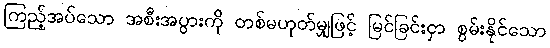
ကြည့်အပ်သော အစီးအပွားကို တစ်မဟုတ်မျှဖြင့် မြင်ခြင်းငှာ စွမ်းနိုင်သော